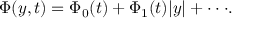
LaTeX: \Phi ( y , t ) = \Phi _ { 0 } ( t ) + \Phi _ { 1 } ( t ) \vert y \vert + \cdot \cdot \cdot .